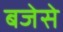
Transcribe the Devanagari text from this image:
बजेसे